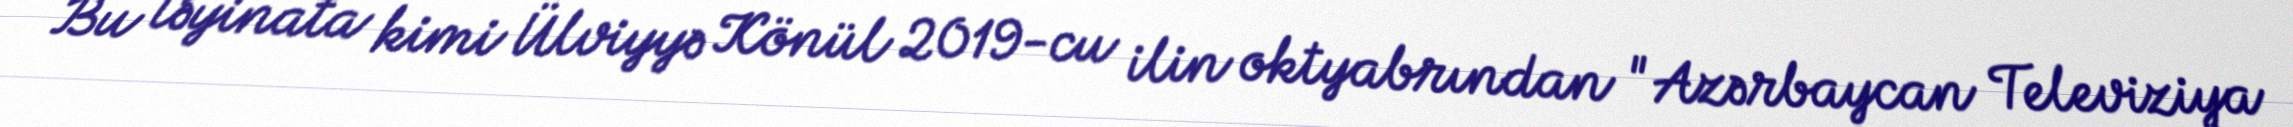
Bu təyinata kimi Ülviyyə Könül 2019-cu ilin oktyabrından "Azərbaycan Televiziya